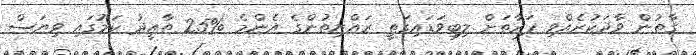
ގާތުން ވާދަކުރެއްވި ފަރާތަށް ލިބިވަޑައިގަތީ ރައްޔިތުންގެ އެންމެ %25 ތާއީދު ކަމުގައި ވިޔަސް